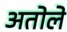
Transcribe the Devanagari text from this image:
अतोले